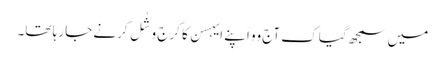
میں سمجھ گیا کِ آج وو اَپنے ایہسن کا کرج وشُل کرنے جا رہا تھا۔